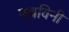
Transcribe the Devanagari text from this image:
पल्लविनी